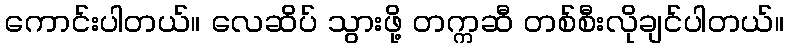
ကောင်းပါတယ်။ လေဆိပ် သွားဖို့ တက္ကဆီ တစ်စီးလိုချင်ပါတယ်။